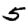
Digit: 5